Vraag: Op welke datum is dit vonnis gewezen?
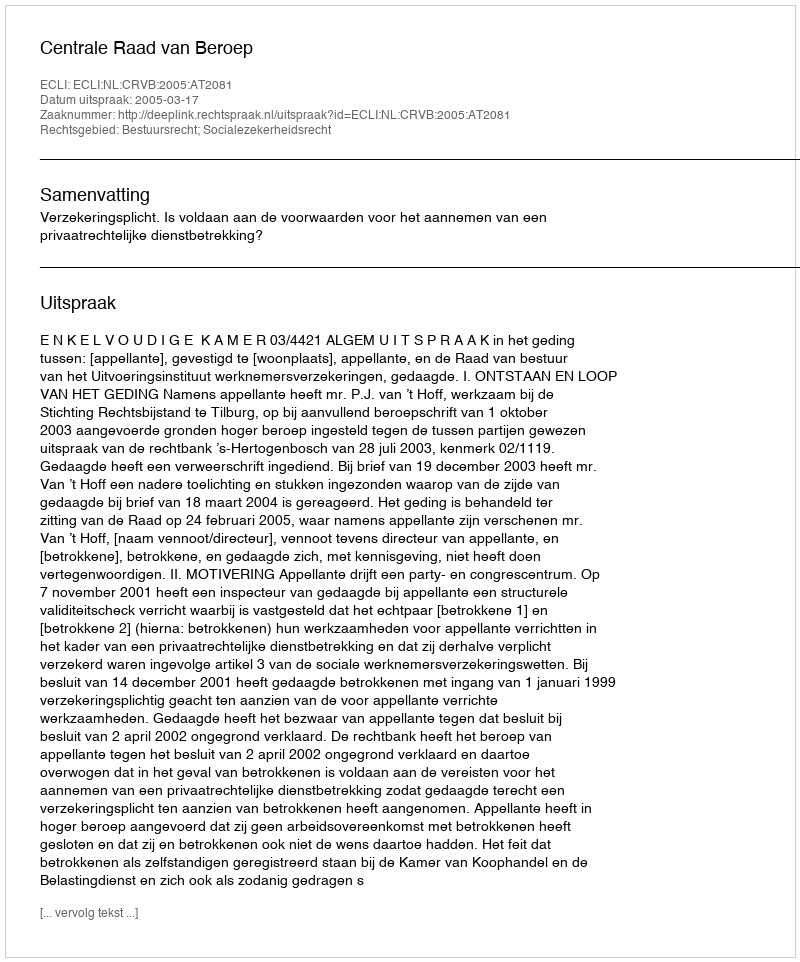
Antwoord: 2005-03-17